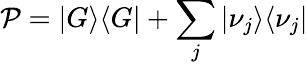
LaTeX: \mathcal{P}=|G\rangle\langle G|+\sum_{j}|\nu_{j}\rangle\langle\nu_{j}|